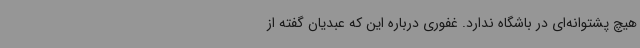
هیچ پشتوانه‌ای در باشگاه ندارد. غفوری درباره این که عبدیان گفته از